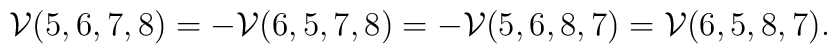
\mathcal V(5,6,7,8)=-\mathcal V(6,5,7,8)=-\mathcal V(5,6,8,7)=\mathcal V(6,5,8,7).